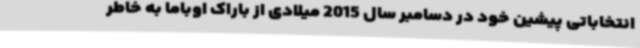
انتخاباتی پیشین خود در دسامبر سال 2015 میلادی از باراک اوباما به خاطر